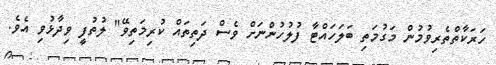
ހަރަކާތްތެރިވުމުން މަގުމަތި ބަލަހައްޓާ ފުލުހުންނަށް ވެސް ދަތިތައް ކުރިމަތިވޭ" ލުތުފީ ވިދާޅުވި އެވެ.